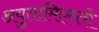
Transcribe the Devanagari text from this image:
अयुतामिएन्तो